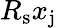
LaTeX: R_{\mathrm{s}}x_{\mathrm{j}}